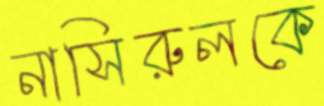
নাসিরুলকে